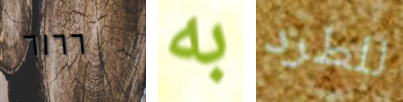
٦١٦٦ به للطرد